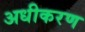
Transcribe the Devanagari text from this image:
अधीकरण